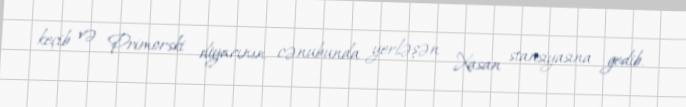
keçib və Primorski diyarının cənubunda yerləşən Xasan stansiyasına gedib.